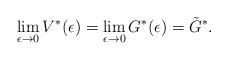
LaTeX: \begin{align*}\lim_{\epsilon\rightarrow 0}V^*(\epsilon)= \lim_{\epsilon\rightarrow 0}G^*(\epsilon) =\tilde{G}^*.\end{align*}